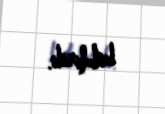
bildirib.